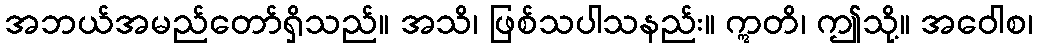
အဘယ်အမည်တော်ရှိသည်။ အသိ၊ ဖြစ်သပါသနည်း။ ဣတိ၊ ဤသို့။ အဝေါစ၊